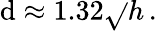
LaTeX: \mathrm{d}\approx1.32{\sqrt{}{{h}}}\, .